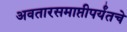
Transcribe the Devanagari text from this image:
अवतारसमाप्तीपर्यंतचे